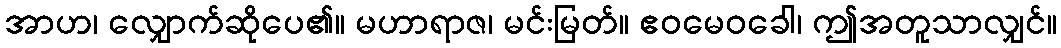
အာဟ၊ လျှောက်ဆိုပေ၏။ မဟာရာဇ၊ မင်းမြတ်။ ဧဝမေဝခေါ၊ ဤအတူသာလျှင်။